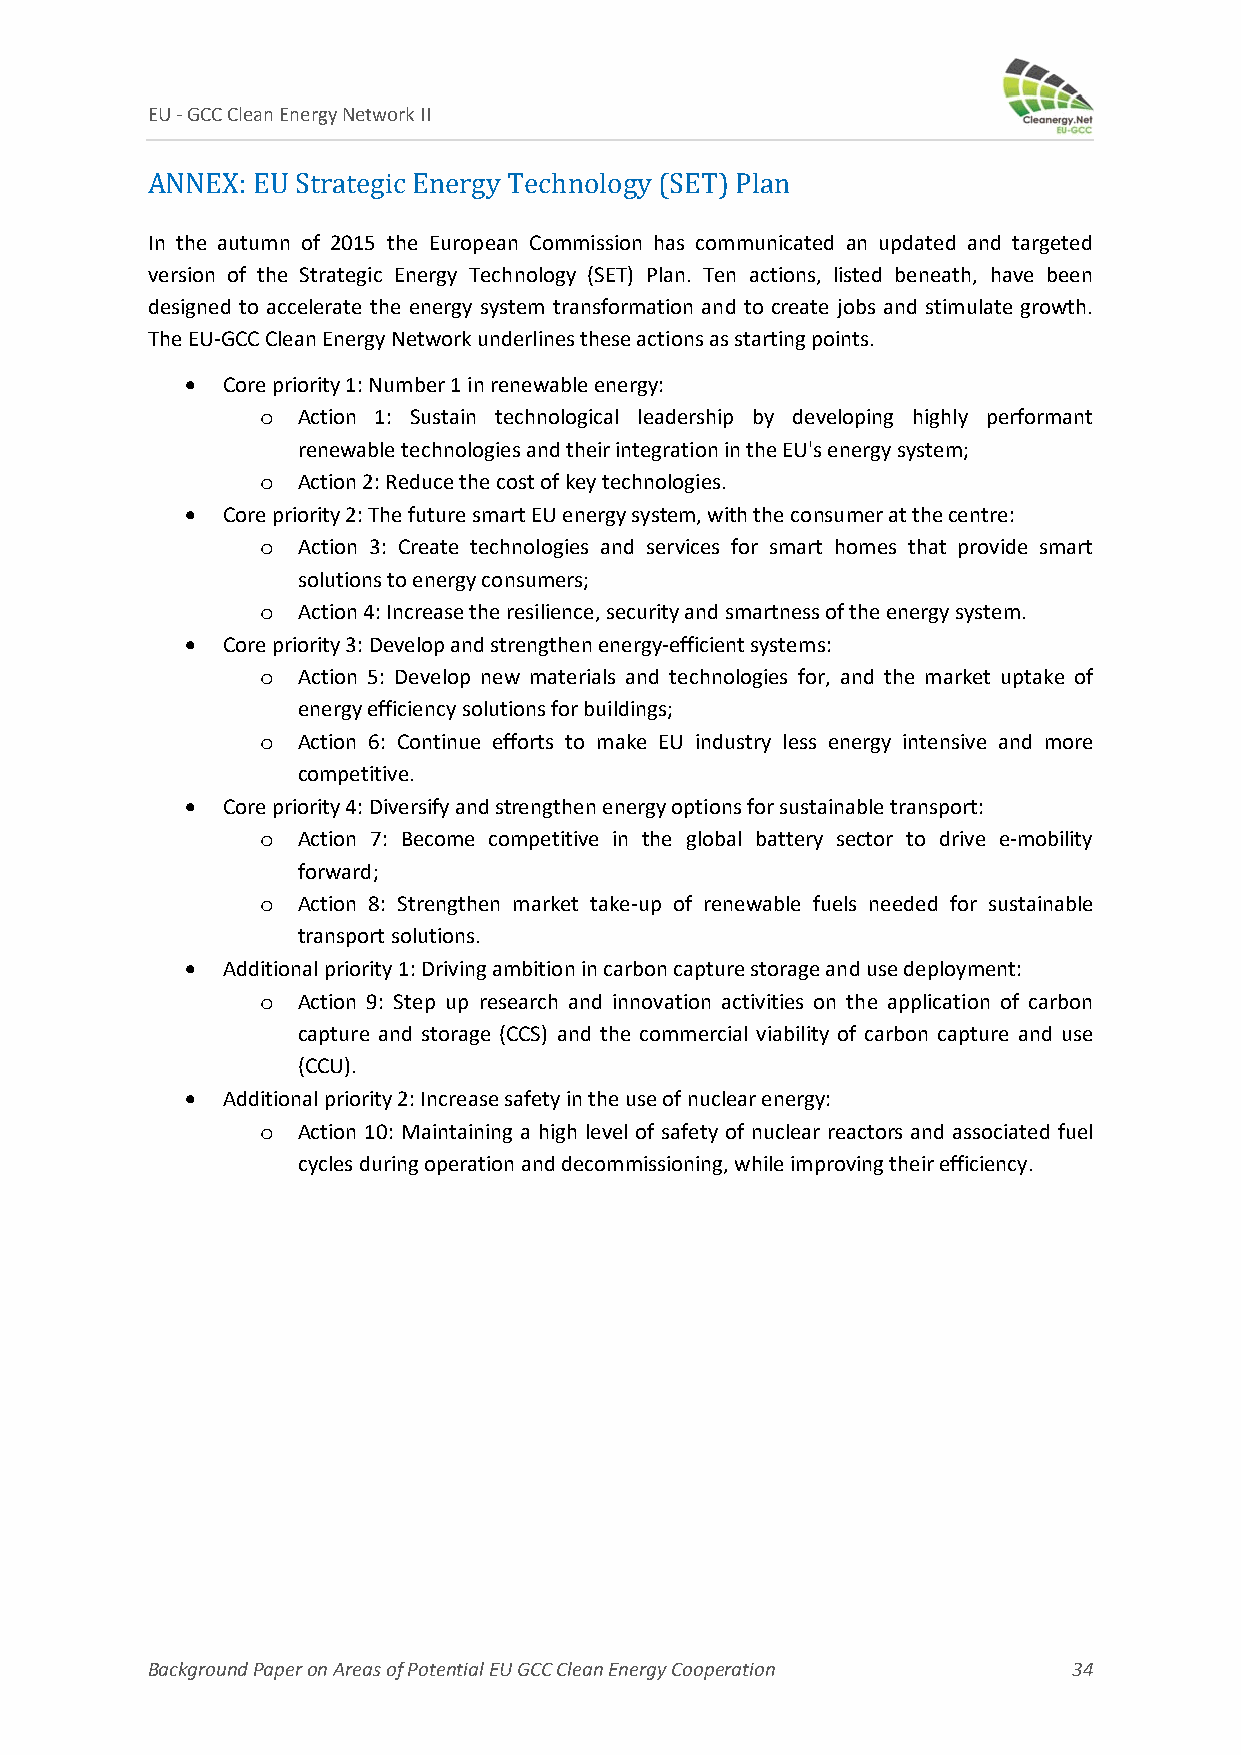
EU ‐ GCC Clean Energy Network II
 ANNEX: EU Strategic Energy Technology (SET) Plan
 In the autumn of 2015 the European Commission has communicated an updated and targeted
 version of the Strategic Energy Technology (SET) Plan. Ten actions, listed beneath, have been
 designed to accelerate the energy system transformation and to create jobs and stimulate growth.
 The EU‐GCC Clean Energy Network underlines these actions as starting points.
   Core priority 1: Number 1 in renewable energy:
 o  Action 1: Sustain technological leadership by developing highly performant
 renewable technologies and their integration in the EU's energy system;
 o  Action 2: Reduce the cost of key technologies.
   Core priority 2: The future smart EU energy system, with the consumer at the centre:
 o  Action 3: Create technologies and services for smart homes that provide smart
 solutions to energy consumers;
 o  Action 4: Increase the resilience, security and smartness of the energy system.
   Core priority 3: Develop and strengthen energy‐efficient systems:
 o  Action 5: Develop new materials and technologies for, and the market uptake of
 energy efficiency solutions for buildings;
 o  Action 6: Continue efforts to make EU industry less energy intensive and more
 competitive.
   Core priority 4: Diversify and strengthen energy options for sustainable transport:
 o  Action 7: Become competitive in the global battery sector to drive e‐mobility
 forward;
 o  Action 8: Strengthen market take‐up of renewable fuels needed for sustainable
 transport solutions.
   Additional priority 1: Driving ambition in carbon capture storage and use deployment:
 o  Action 9: Step up research and innovation activities on the application of carbon
 capture and storage (CCS) and the commercial viability of carbon capture and use
 (CCU).
   Additional priority 2: Increase safety in the use of nuclear energy:
 o  Action 10: Maintaining a high level of safety of nuclear reactors and associated fuel
 cycles during operation and decommissioning, while improving their efficiency.
 Background Paper on Areas of Potential EU GCC Clean Energy Cooperation 34